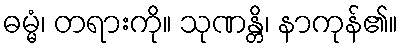
ဓမ္မံ၊ တရားကို။ သုဏန္တိ၊ နာကုန်၏။